Report on sanitation, dispensaries, and jails in Rajputana for 1920, and on vaccination for the year 1920-1921 - 1920-1921
Year: 1920
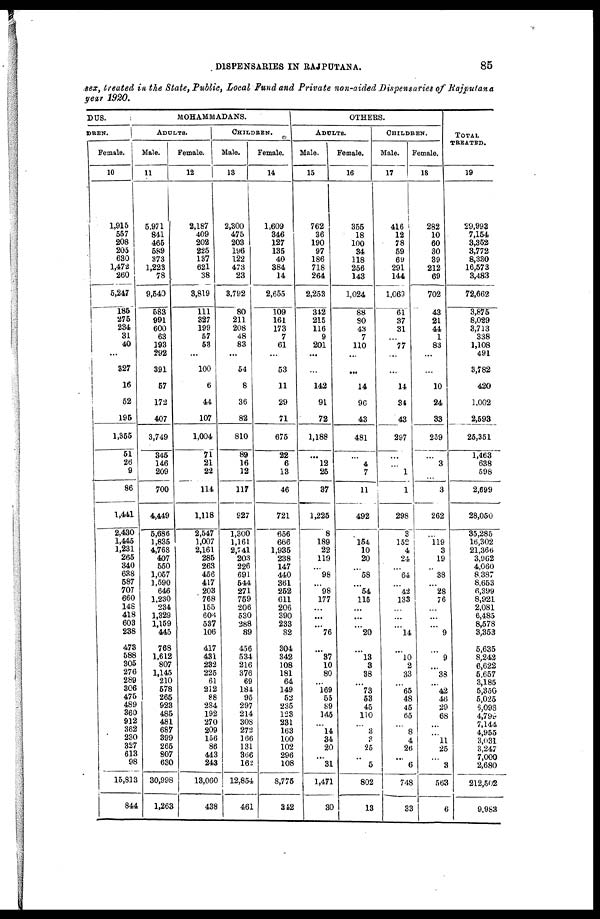
DISPENSARIES IN RAJPUTANA.
85
sex, treated in the State, Public, Local Fund and Private non-aided Dispensaries of Rajputana
year 1920.
DUS.
DREN.
Female.
10
1,915
557
208
205
630
1,472
260
5,247
185
275
234
31
40
...
327
16
52
195
1,355
51
26
9
86
1,441
2,430
1,445
1,231
265
340
638
587
707
660
148
418
603
238
473
588
305
276
289
306
475
489
360
912
362
230
327
613
98
15,813
844
MOHAMMADANS.
ADULTS.
Male.
11
5,971
841
465
589
373
1,223
78
9,540
583
991
600
63
193
292
391
57
172
407
3,749
345
146
209
700
4,449
5,686
1,835
4,768
407
550
1,057
1,590
646
1,230
234
1,329
1,159
445
768
1,612
807
1,145
210
578
265
923
485
481
687
399
265
807
630
30,998
1,263
Female.
12
2,187
409
202
225
137
621
38
3,819
111
327
199
57
53
...
100
6
44
107
1,004
71
21
22
114
1,118
2,547
1,007
2,161
285
263
456
417
203
768
155
606
537
106
417
431
232
225
61
212
88
284
192
270
209
156
86
443
243
13,060
438
CHILDREN.
Male.
13
2,300
475
203
196
122
473
23
3,792
80
211
208
48
83
...
54
8
36
82
810
89
16
12
117
927
1,300
1,161
2,741
203
226
691
544
271
759
206
530
288
89
456
534
216
376
69
184
95
297
214
308
272
166
131
366
162
12,854
461
Female.
14
1,609
346
127
135
40
384
14
2,655
109
161
173
7
61
...
53
11
29
71
675
22
6
13
46
721
656
666
1,935
238
147
440
361
252
611
206
390
233
82
304
342
108
181
64
149
52
235
123
231
163
100
102
296
108
8,775
342
OTHERS.
ADULTS.
Male.
15
762
36
190
97
186
718
264
2,253
342
215
116
9
201
...
...
142
91
72
1,188
...
12
25
37
1,225
8
189
22
119
...
98
...
98
177
...
...
...
76
...
87
10
80
...
169
55
89
145
...
14
34
20
...
31
1,471
30
Female.
16
355
18
100
34
118
256
143
1,024
88
80
43
7
110
...
...
14
90
43
481
...
4
7
11
492
...
154
10
20
...
58
...
54
115
...
...
...
20
...
13
3
38
...
73
53
45
110
...
3
3
25
...
5
802
13
CHILDREN.
Male.
17
416
12
78
59
69
291
144
1,069
61
37
31
...
77
...
...
14
34
43
297
...
...
1
1
298
3
152
4
24
...
64
...
42
133
...
...
...
14
...
10
2
33
...
65
48
45
65
...
8
4
26
...
6
748
33
Female.
18
282
10
60
30
89
212
69
702
43
21
44
1
83
...
...
10
24
33
259
...
3
...
3
262
...
119
3
19
...
38
...
28
76
...
...
...
9
...
9
...
38
...
42
46
29
68
...
...
11
25
...
3
563
6
TOTAL
TREATED.
19
29,993
7,154
3,352
3,772
8,330
16,573
3,483
72,662
3,875
8,029
3,713
338
1,108
491
3,782
420
1,002
2,593
25,351
1,463
638
598
2,699
28,050
35,285
16,302
21,366
3,962
4,060
8,387
8,653
6,399
8,921
2,081
6,485
8,578
3,353
5,635
8,242
6,622
5,657
3,185
5,350
5,025
6,098
4,799
7,144
4,955
3,031
3,247
7,000
2,680
212,502
9,983